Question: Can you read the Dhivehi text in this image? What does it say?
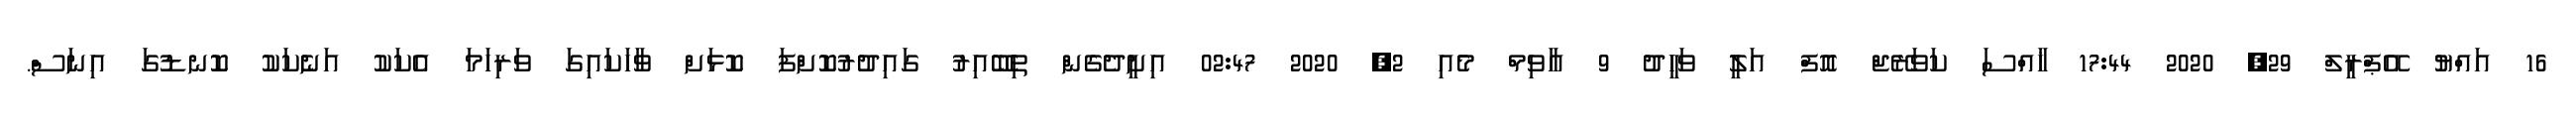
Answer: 16 އައްޔު އޭޕްރީލް 29, 2020 17:44 ޚާއްސަ ކަވަރޭޖް އޮފް އަލީ ވަހީދު 9 އާވިމް މެއި 2, 2020 02:47 އިށީދެގެން ތިބޭއިރު ގައިދުރުކޮށްފަ ކޮޅަށް ވާހަކައިގަ ވަރިހަމަ އެކަކު އަނެކަކު ކޮނޑުގަ އިނަސް.